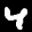
Label: 4